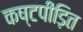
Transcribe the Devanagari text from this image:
कष्टपीड़ित